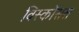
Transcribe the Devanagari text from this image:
विस्कॉसस